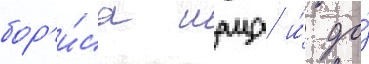
бор'и́са шаца и́ до́